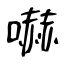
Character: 嚇